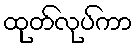
ထုတ်လုပ်ကာ